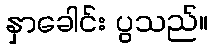
နှာခေါင်း ပွသည်။